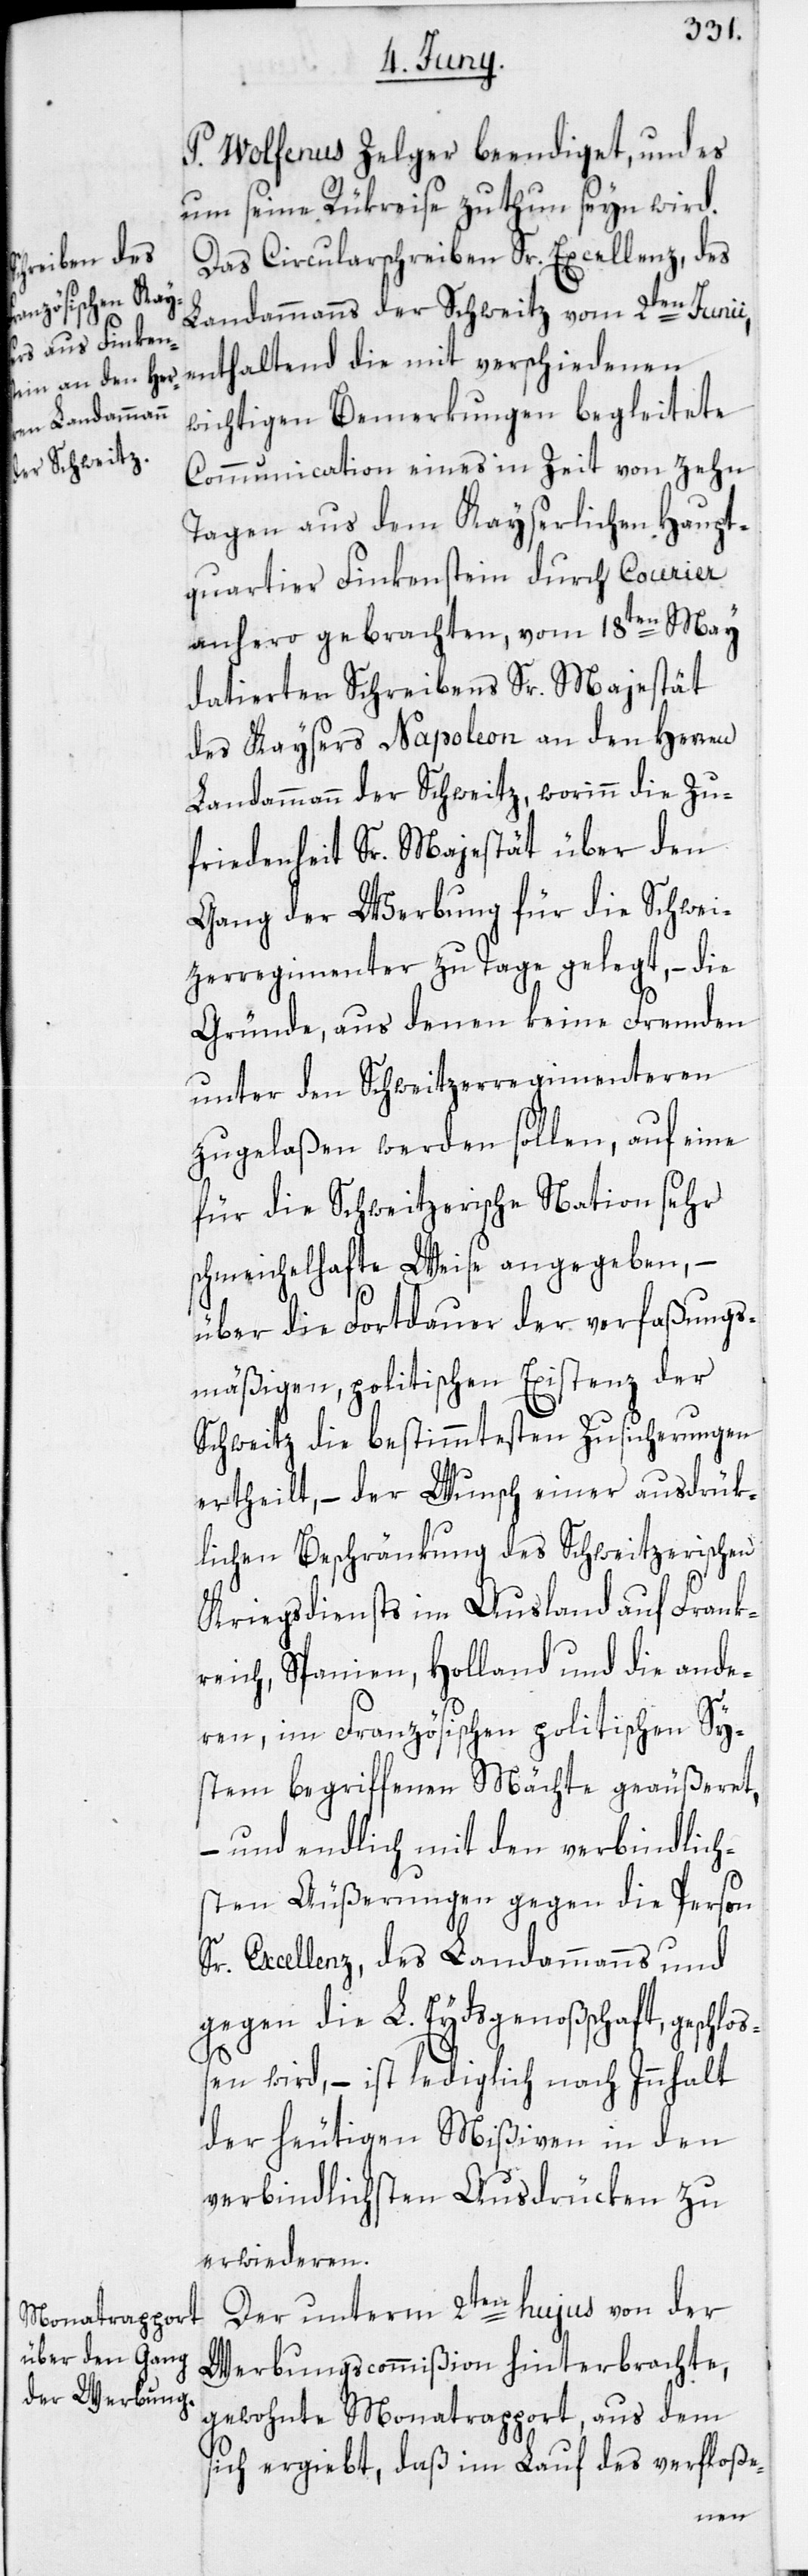
P. Wolfenus Zelger beendiget, und es
um seine Rükreise zu thun seyn wird.
Das Circularschreiben Sr. Excellenz, des
Landammanns der Schweitz vom 2ten Junii,
wichtigen Bemerkungen begleitete
Communication eines in Zeit von zehn
Tagen aus dem Kayserlichen Haupt¬
quartier Finkenstein durch Courrier
anhero gebrachten, vom 18ten May
datierten Schreibens Sr. Majestät
des Kaysers Napoleon an den Herren
Landammann der Schweitz, worinn die Zu¬
friedenheit Sr. Majestät über den
Gang der Werbung für die Schwei¬
tzerregimenter zu Tage gelegt, – die
Gründe, aus denen keine Fremden
unter den Schweitzerregimenteren
zugelaßen werden sollen, auf eine
für die Schweitzerische Nation sehr
schmeichelhafte Weise angegeben, –
über die Fortdauer der verfaßungs¬
mäßigen, politischen Existenz der
Schweitz die bestimmtesten Zusicherungen
ertheilt, – der Wunsch einer ausdrük¬
lichen Beschränkung des Schweitzerischen
Kriegsdiensts im Ausland auf Frank¬
reich, Spanien, Holland und die ande¬
ren, im Französischen politischen Sy¬
stem begriffenen Mächte geäußeret,
– und endlich mit den verbindlich¬
sten Äußerungen gegen die Person
Sr. Excellenz, des Landammanns und
gegen die L. Eydsgenoßschaft, geschlo¬
ssen wird, – ist lediglich nach Innhalt
der heutigen Mißiven in den
verbindlichsten Ausdrücken zu
erwideren.
Der unterm 2ten hujus von der
Werbungscommißion hinterbrachte,
gewohnte Monatrapport, aus dem
sich ergiebt, daß im Lauf des verfloße-